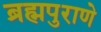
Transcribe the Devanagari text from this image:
ब्रह्मपुराणे